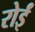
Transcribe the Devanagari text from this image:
रोईं